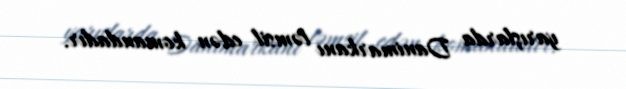
yarışlarda Danimarkanı təmsil edən komandadır.